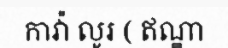
កាវ៉ា លូរ ( ឥណ្ឌា